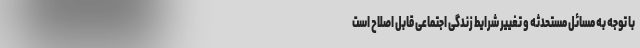
با توجه به مسائل مستحدثه و تغییر شرایط زندگی اجتماعی قابل اصلاح است